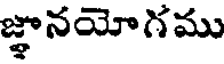
జ్ఞానయోగము